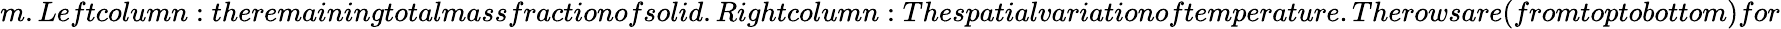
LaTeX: m.Leftcolumn:theremainingtotalmassfractionofsolid.Rightcolumn:Thespatialvariationoftemperature.Therowsare(fromtoptobottom)for